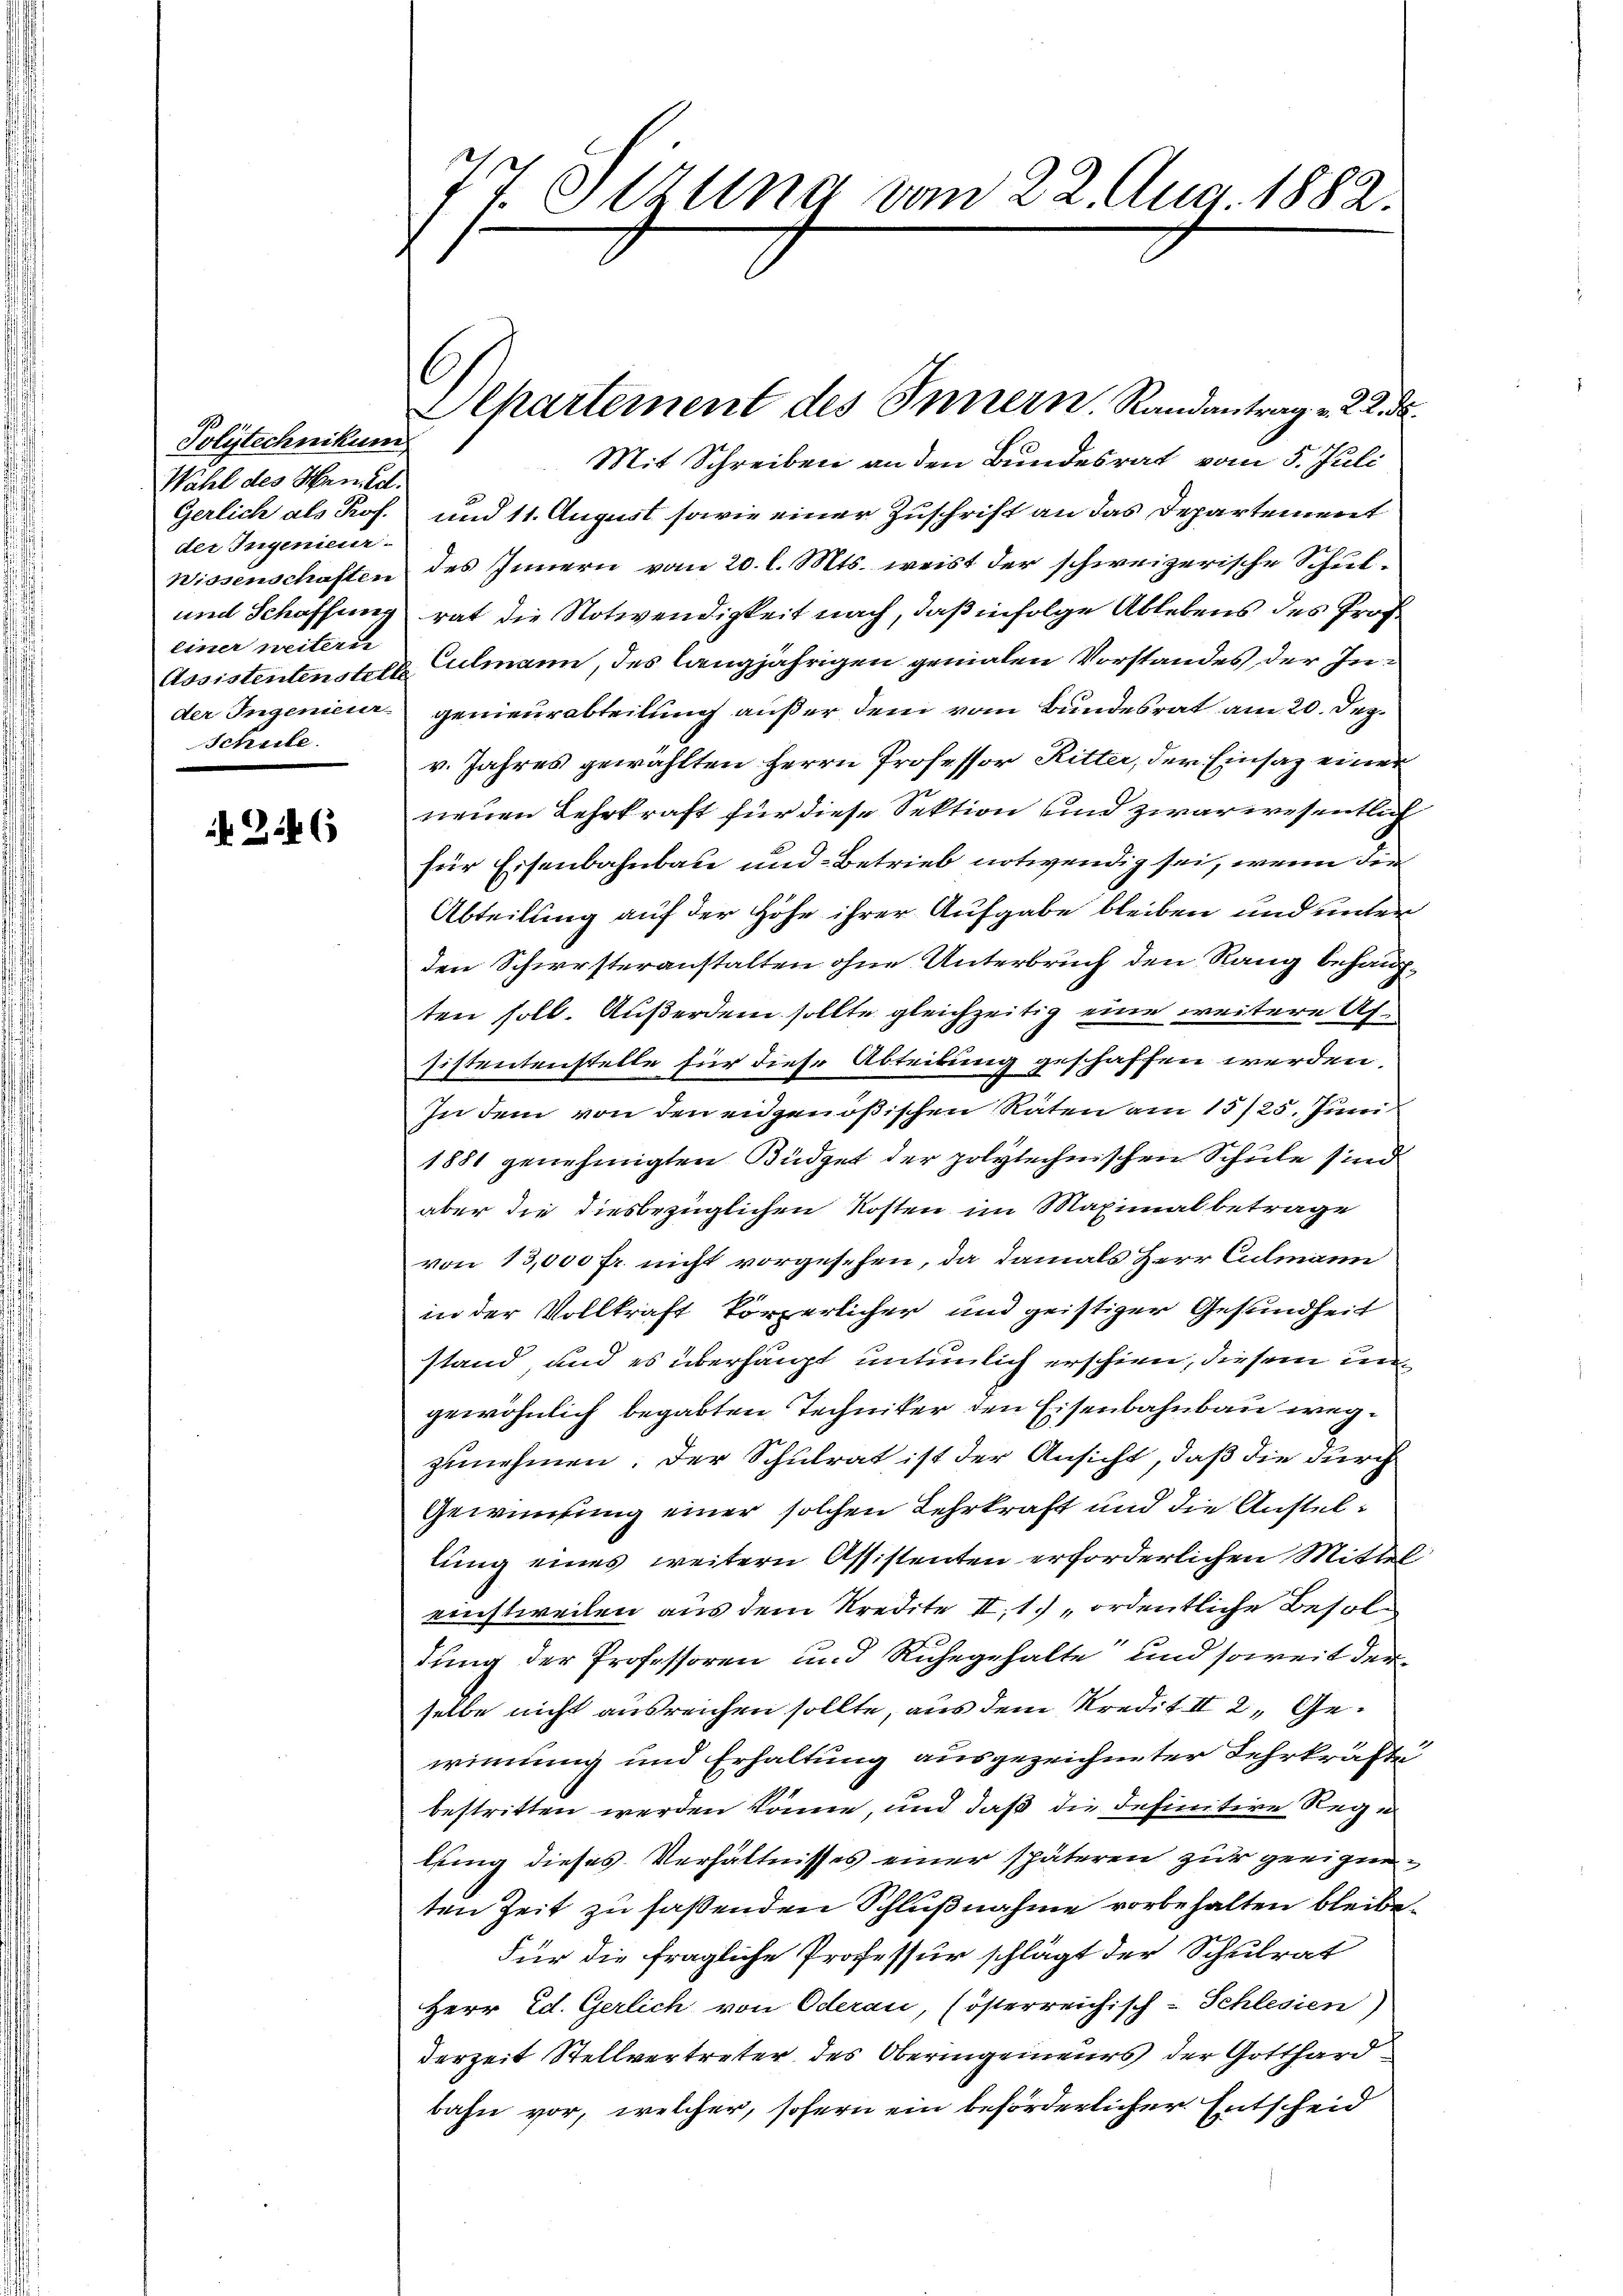
Polytechnikum
Wahl des Semed.
der Ingenieur-
einer weitern
Schule.

N 224

77 Strung vom 22. Aug. 1882.

Mit Schreiben an den Bundesrat vom 5. Juli
Gerlich als Prof. und 11. August sowie einer Zuschrift an das Departement
Wissenschaften des Innern vom 20. l. Mts. weist der schweizerische Schul¬
und Schaffung rat die Notwendigkeit nach, daß infolge Ablebens des Prof.
Assistentenstete Culmann, des langjährigen genialen Vorstandes der Inder Ingenieur genieurabteilung außer dem vom Bundesrat am 20. Dez.
v. Jahres gewählten Herrn Professor Ritter, der Einsaz einer
neuen Lehrkraft für diese Sektion und zwar wesentlich
für Eisenbahnbau und Betrieb notwendig sei, wenn die
Abteilung auf der Höhe ihrer Aufgabe bleiben und unter
den Schwesteranstalten ohne Unterbruch den Rang behaupten soll. Außerdem sollte gleichzeitig eine weitere Afsistentenstelle für diese Abteilung geschaffen werden,
In dem von den eidgenößischen Raten am 15/25. Juni
1881 genehmigten Büdget der polytechnischen Schule sind
aber die diesbezüglichen Kosten im Maximal betrage
von 13,000 fr. nicht vorgesehen, da damals Herr Culmann
in der Vollkraft körperlicher und geistiger Gesundheit
stand, und es überhaupt untenlich erschien, diesem ungewöhnlich begabten Techniker den Eisenbahnbau wegzunehmen. Der Schulrat ist der Ansicht, daß die durch
Gewinnung einer solchen Lehrkraft und die Anstellung eines weitern Assistenten erforderlichen Mittel
einstweilen aus dem Kredite II,1. „ordentliche Besoldung der Professoren und Ruhegehalte und soweit der
selbe nicht ausreichen sollte, aus dem Kredit II 2, Gewinnung und Erhaltung ausgezeichneter Lehrkräfte
bestritten werden könne, und daß die definitive Rege
lung dieses Verhältnisses einer späteren zur geeigneten Zeit zu faßenden Schlußnahme vorbehalten bleibe.
Für die fragliche Professur schlägt der Schulrat
Herr Ed. Gerlich von Oderau, (österreichisch-Schlesien)
derzeit Stellvertreter des Oberingenieurs der Gotthard
bahn vor, welcher, sofern ein beförderlicher Entscheid

C
Alpartement des Innern, Randantrag v. 22. ds.